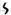
Text: S